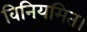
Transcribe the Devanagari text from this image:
विनियमित।